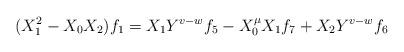
LaTeX: \begin{align*} (X_{1}^2-X_{0}X_{2})f_{1}=X_{1}Y^{v-w}f_{5}-X_{0}^{\mu}X_{1}f_{7}+X_{2}Y^{v-w}f_{6}\end{align*}